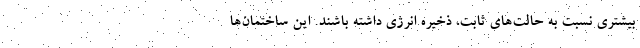
بیشتری نسبت به حالت‌های ثابت، ذخیره انرژی داشته باشند. این ساختمان‌ها